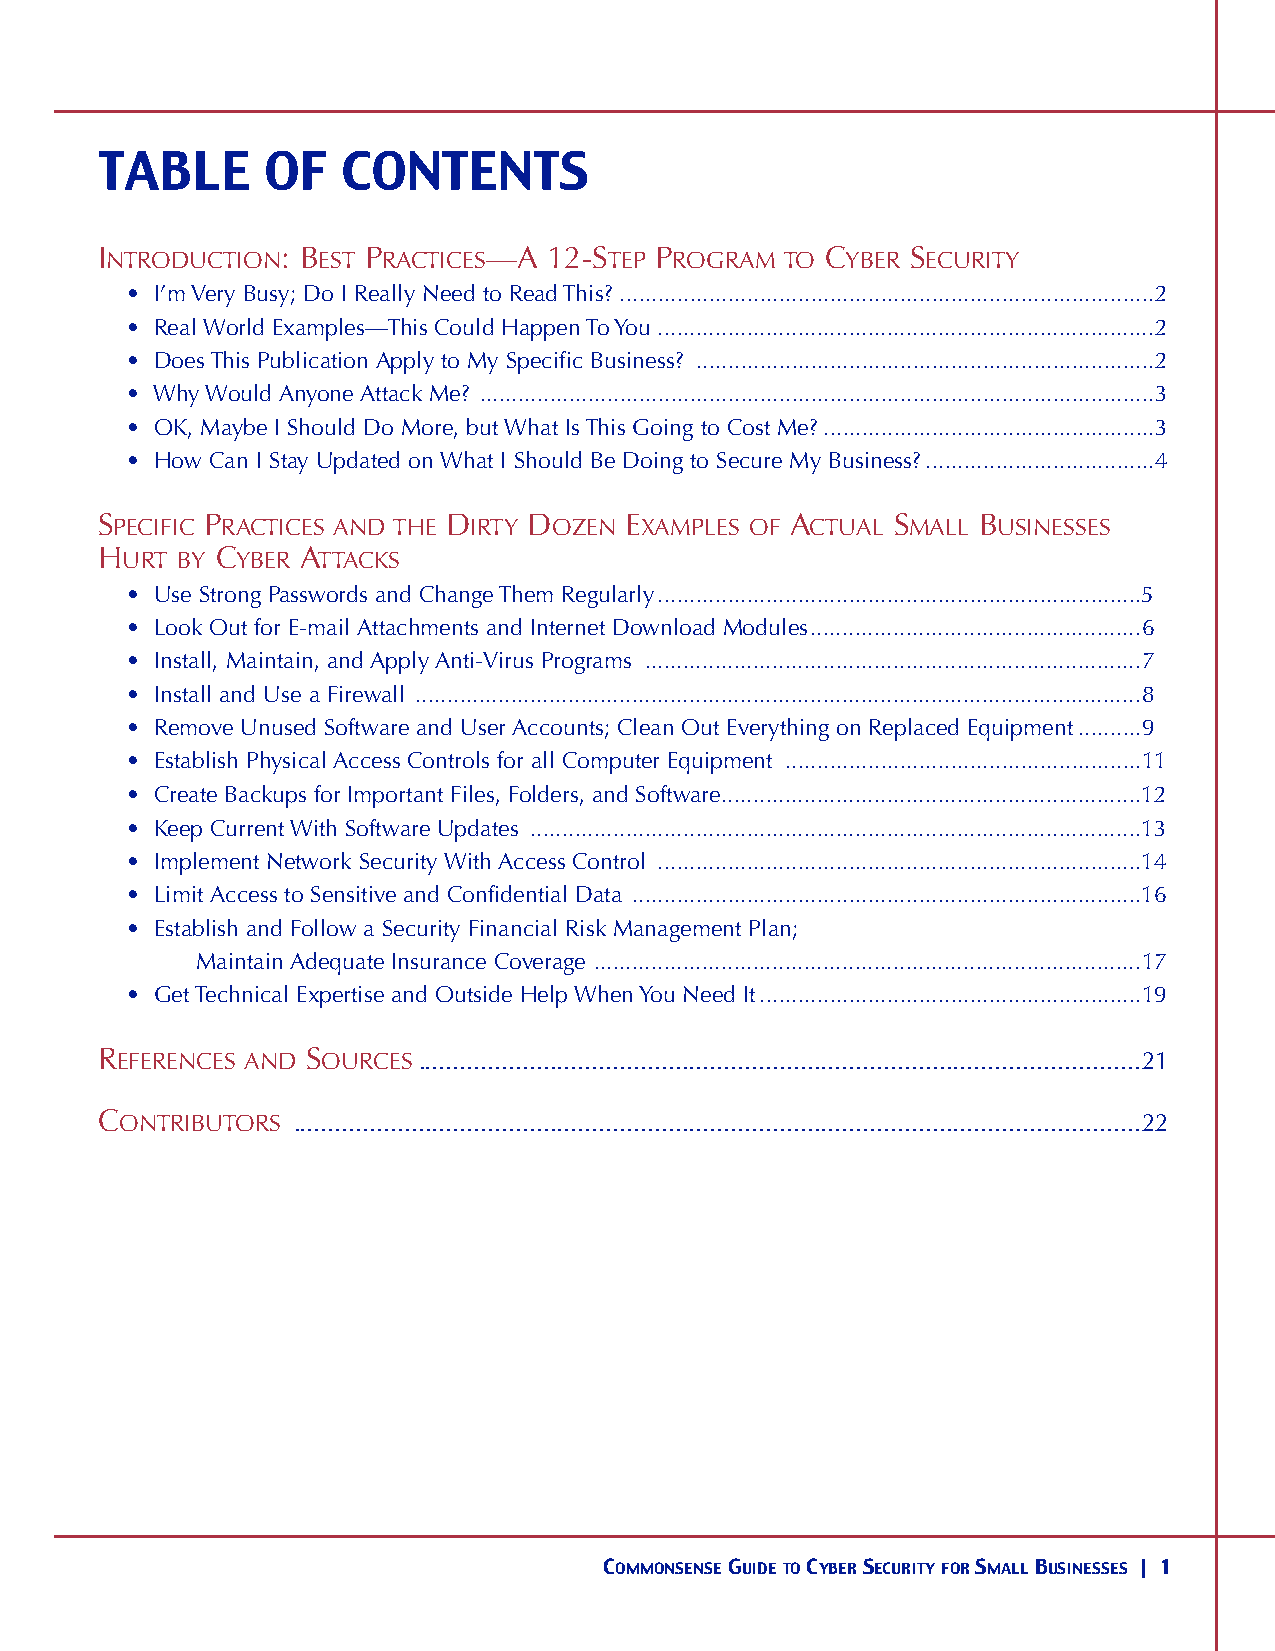
TABLE      OF   CONTENTS
 INTRODUCTION: BEST PRACTICES—A 12-STEP PROGRAM TO CYBER SECURITY
 • I’m Very Busy; Do I Really Need to Read This? ....................................................................................2
 • Real World Examples—This Could Happen ToYou ..............................................................................2
 • Does This Publication Apply to My Specific Business? ........................................................................2
 • WhyWould Anyone Attack Me? ..........................................................................................................3
 • OK, Maybe I Should Do More, but What Is This Going to Cost Me?....................................................3
 • How Can I Stay Updated on What I Should Be Doing to Secure My Business?....................................4
 SPECIFIC PRACTICES AND THE DIRTY DOZEN EXAMPLES OF ACTUAL SMALL BUSINESSES
 HURT  BY CYBER ATTACKS
 • Use Strong Passwords and Change Them Regularly............................................................................5
 • Look Out for E-mail Attachments and Internet Download Modules....................................................6
 • Install, Maintain, and Apply Anti-Virus Programs ..............................................................................7
 • Install and Use a Firewall ..................................................................................................................8
 • Remove Unused Software and User Accounts; Clean Out Everything on Replaced Equipment..........9
 • Establish Physical Access Controls for all Computer Equipment ........................................................11
 • Create Backups for Important Files, Folders, and Software..................................................................12
 • Keep Current With Software Updates ................................................................................................13
 • Implement Network Security With Access Control ............................................................................14
 • Limit Access to Sensitive and Confidential Data ................................................................................16
 • Establish and Follow a Security Financial Risk Management Plan;
 Maintain Adequate Insurance Coverage ......................................................................................17
 • Get Technical Expertise and Outside Help When You Need It............................................................19
 REFERENCES AND SOURCES........................................................................................................21
 CONTRIBUTORS ..........................................................................................................................22
 COMMONSENSEGUIDETOCYBERSECURITYFORSMALLBUSINESSES | 1